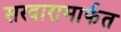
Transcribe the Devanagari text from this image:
सरदारामार्फत